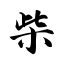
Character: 柴